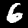
Digit: 6